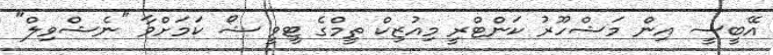
އޭބީސީ އިން މަޝްހޫރު ކަންޓްރީ މިއުޒިކް ތީމްގެ ޓީވީ ޝޯ ކަމަށްވާ "ނެޝްވިލް"